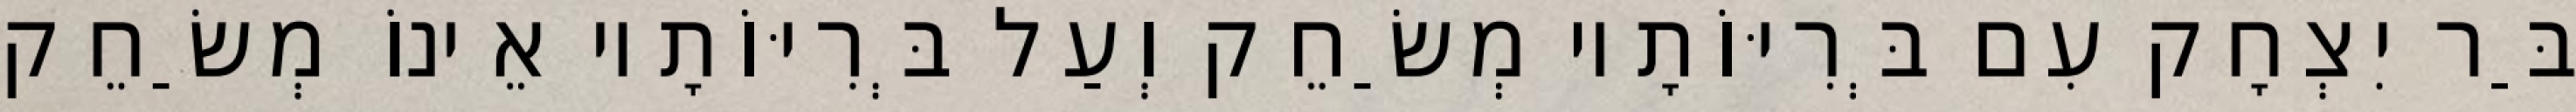
בַּר יִצְחָק עִם בְּרִיּוֹתָיו מְשַׂחֵק וְעַל בְּרִיּוֹתָיו אֵינוֹ מְשַׂחֵק